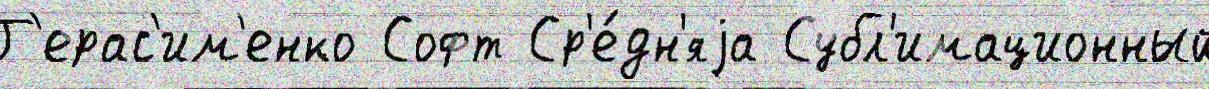
Г'ерас'им'енко Софт Ср'е́дн'яjа Субл'имационный